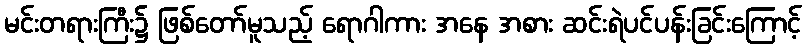
မင်းတရားကြီး၌ ဖြစ်တော်မူသည့် ရောဂါကား အနေ အစား ဆင်းရဲပင်ပန်းခြင်းကြောင့်